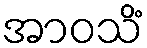
အာဝသိံ